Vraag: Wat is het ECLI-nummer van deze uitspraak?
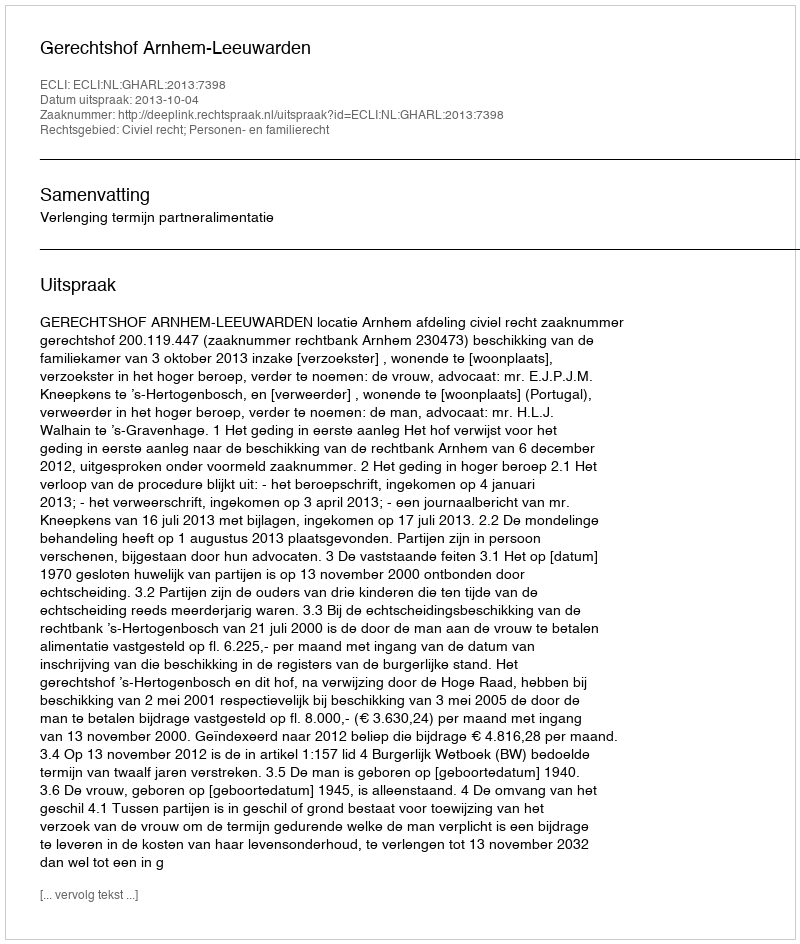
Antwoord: ECLI:NL:GHARL:2013:7398